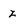
Character: z